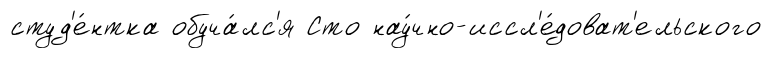
студ'е́нтка обуча́лс'я Сто нау́чно-иссл'е́доват'ельского